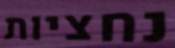
נחציות